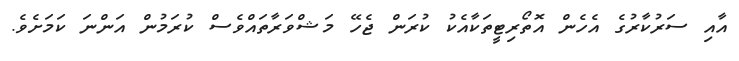
އާއި ސަރުކާރުގެ އެހެން އޮތޯރިޓީތަކާއެކު ކުރަން ޖެހޭ މަޝްވަރާތައްވެސް ކުރަމުން އަންނަ ކަމަށެވެ.